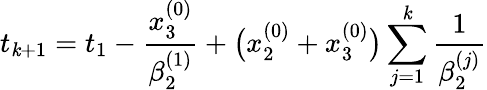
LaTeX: t_{\mathit{k}+1}=t_{1}-\frac{{x_{3}^{(0)}}}{{\beta_{2}^{(1)}}}+\bigl(x_{2}^{(0)}+x_{3}^{(0)}\bigr)\sum_{j=1}^{\mathit{k}}\frac{{1}}{{\beta_{2}^{(j)}}}